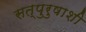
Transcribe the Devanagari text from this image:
सत्पुरुषाशी